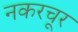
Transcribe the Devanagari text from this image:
नकरचूर